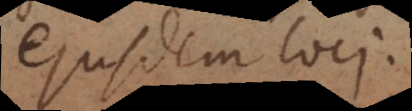
ejusdem loci.